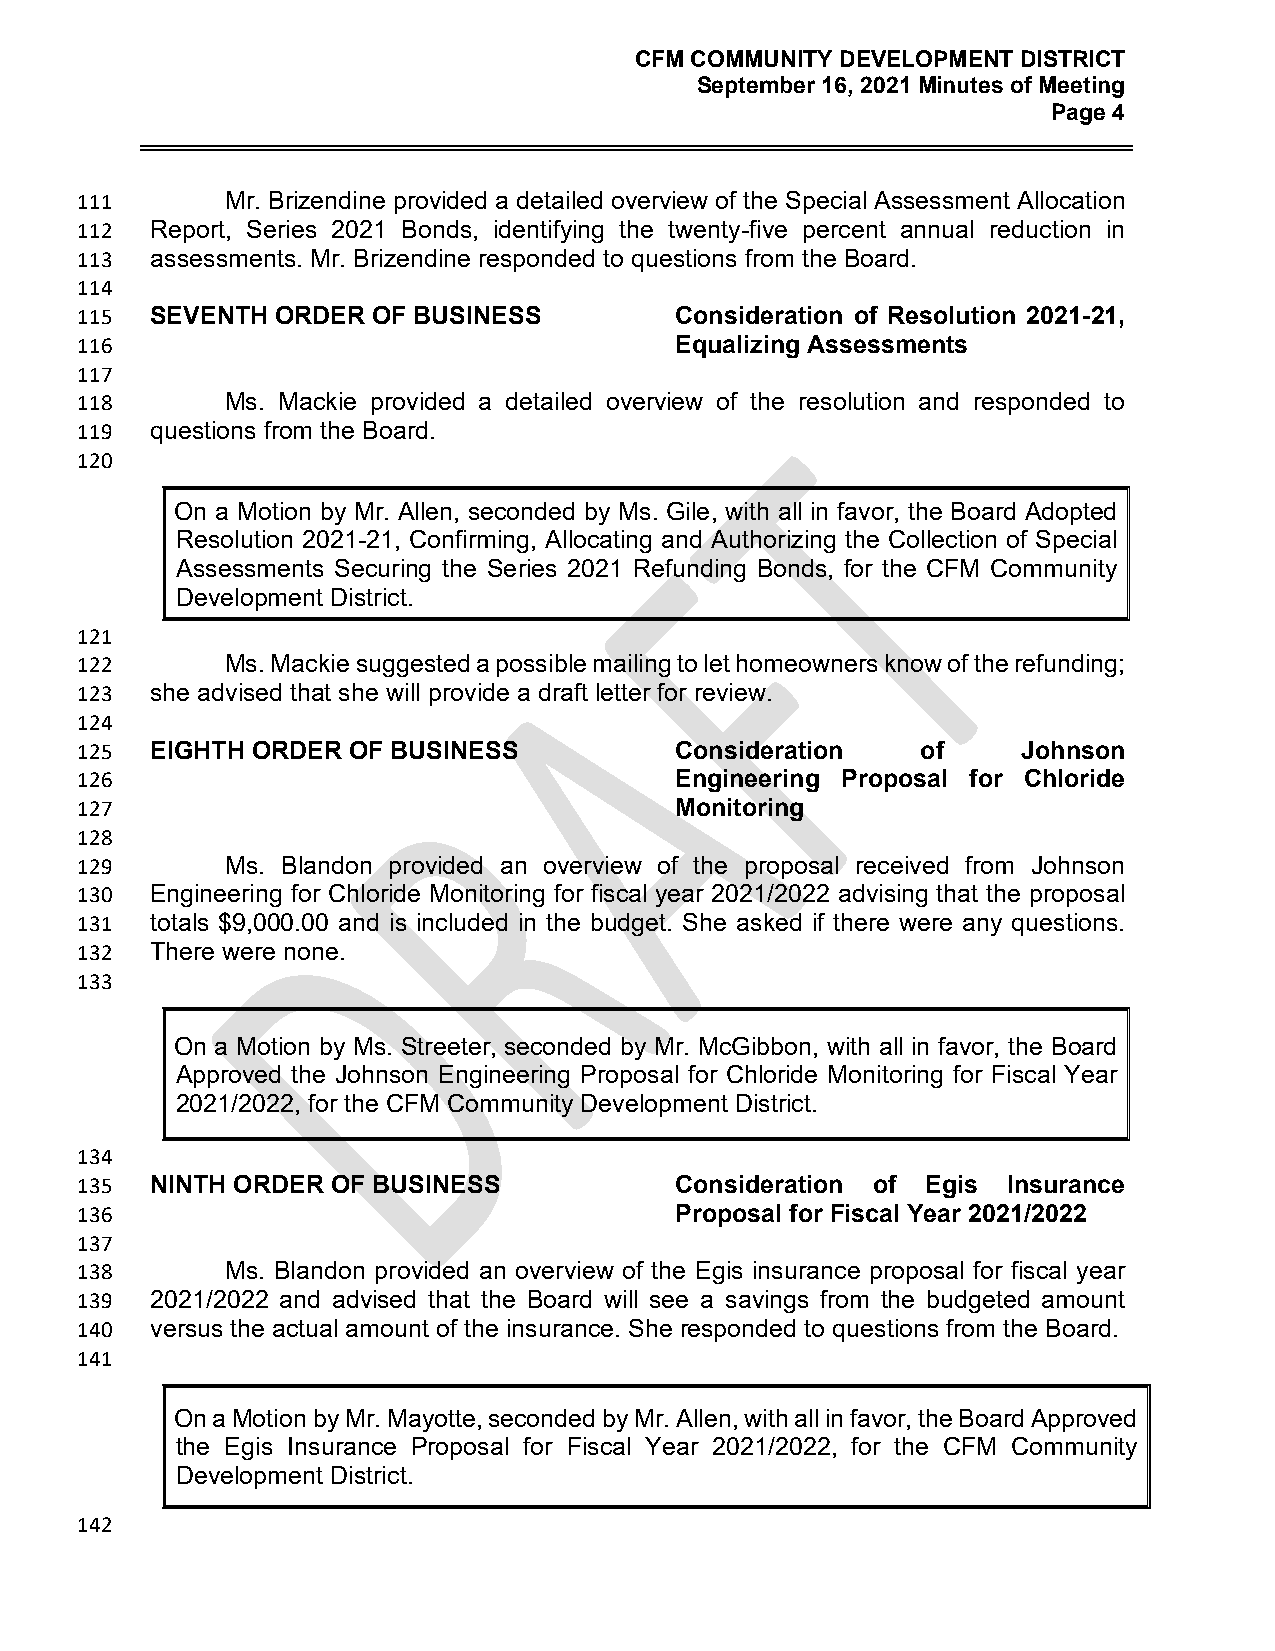
CFM COMMUNITY DEVELOPMENT DISTRICT
 September 16, 2021 Minutes of Meeting
 Page 4
 111       Mr. Brizendine provided a detailed overview of the Special Assessment Allocation
 112  Report, Series 2021 Bonds, identifying the twenty-five percent annual reduction in
 113  assessments. Mr. Brizendine responded to questions from the Board.
 114
 115  SEVENTH ORDER  OF BUSINESS         Consideration of Resolution 2021-21,
 116                                     Equalizing Assessments
 117
 118       Ms. Mackie provided a detailed overview of the resolution and responded to
 119  questions from the Board.
 120
 On a Motion by Mr. Allen, seconded by Ms. Gile, with all in favor, the Board Adopted
 Resolution 2021-21, Confirming, Allocating and Authorizing the Collection of Special
 Assessments Securing the Series 2021 Refunding Bonds, for the CFM Community
 Development District.
 121
 122       Ms. Mackie suggested a possible mailing to let homeowners know of the refunding;
 123  she advised that she will provide a draft letter for review.
 124
 125  EIGHTH ORDER OF BUSINESS           Consideration   of     Johnson
 126                                     Engineering Proposal for Chloride
 127                                     Monitoring
 128
 129       Ms. Blandon provided an overview of the proposal received from Johnson
 130  Engineering for Chloride Monitoring for fiscal year 2021/2022 advising that the proposal
 131  totals $9,000.00 and is included in the budget. She asked if there were any questions.
 132  There were none.
 133
 On a Motion by Ms. Streeter, seconded by Mr. McGibbon, with all in favor, the Board
 Approved the Johnson Engineering Proposal for Chloride Monitoring for Fiscal Year
 2021/2022, for the CFM Community Development District.
 134
 135  NINTH ORDER OF BUSINESS            Consideration of Egis Insurance
 136                                     Proposal for Fiscal Year 2021/2022
 137
 138       Ms. Blandon provided an overview of the Egis insurance proposal for fiscal year
 139  2021/2022 and advised that the Board will see a savings from the budgeted amount
 140  versus the actual amount of the insurance. She responded to questions from the Board.
 141
 On a Motion by Mr. Mayotte, seconded by Mr. Allen, with all in favor, the Board Approved
 the Egis Insurance Proposal for Fiscal Year 2021/2022, for the CFM Community
 Development District.
 142